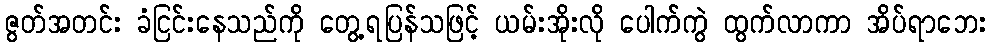
ဇွတ်အတင်း ခံငြင်းနေသည်ကို တွေ့ရပြန်သဖြင့် ယမ်းအိုးလို ပေါက်ကွဲ ထွက်လာကာ အိပ်ရာဘေး